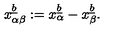
x _ { \alpha \beta } \sp { \underline { { b } } } : = x _ { \alpha } \sp { \underline { { b } } } - x _ { \beta } \sp { \underline { { b } } } .